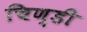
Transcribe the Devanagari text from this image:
चिण्डी